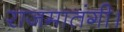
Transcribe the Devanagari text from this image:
राजमातंगी।